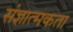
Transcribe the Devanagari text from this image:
संज्ञात्मकता